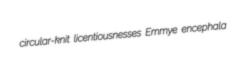
circular-knit licentiousnesses Emmye encephala